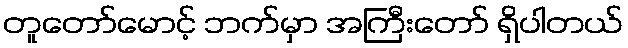
တူတော်မောင့် ဘက်မှာ အကြီးတော် ရှိပါတယ်